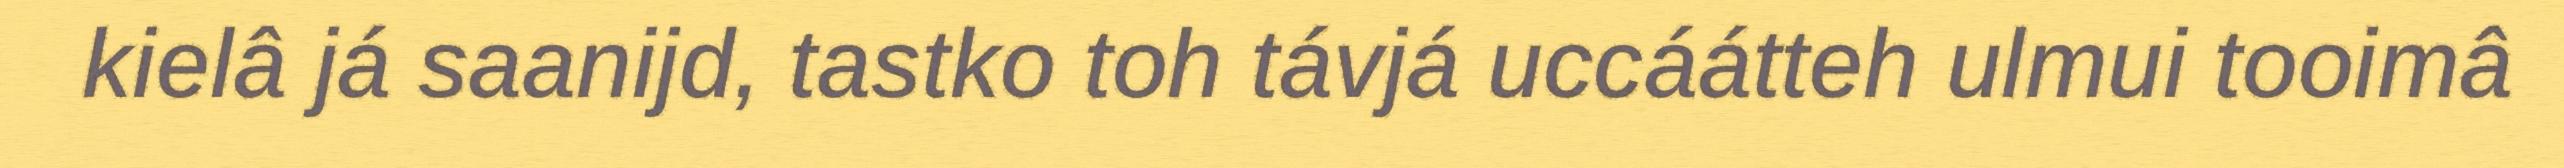
kielâ já saanijd, tastko toh távjá uccáátteh ulmui tooimâ